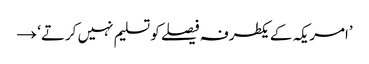
’امریکہ کے یکطرفہ فیصلے کو تسلیم نہیں کرتے‘ →